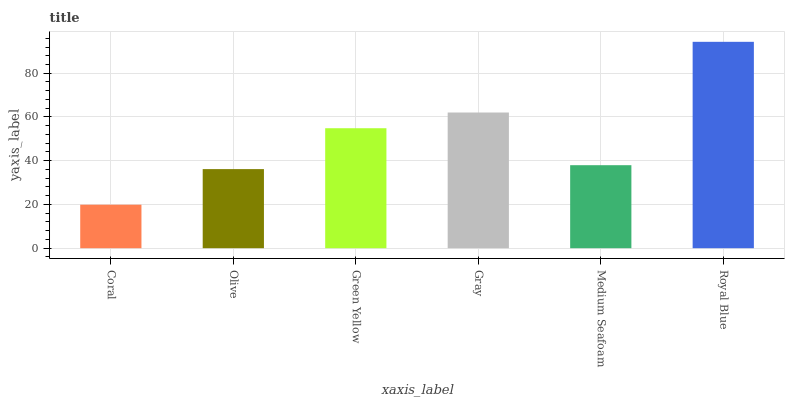
| xaxis_label | bars |
 | --- | --- |
 | Coral | 19.9 |
 | Olive | 36.2 |
 | Green Yellow | 54.9 |
 | Gray | 62 |
 | Medium Seafoam | 38 |
 | Royal Blue | 94.4 |